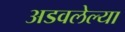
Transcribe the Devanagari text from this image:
अडवलेल्या